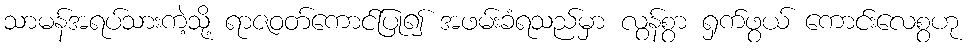
သာမန်အရပ်သားကဲ့သို့ ရာဇဝတ်ကောင်ပြု၍ အဖမ်းခံရသည်မှာ လွန်စွာ ရှက်ဖွယ် ကောင်းလေစွဟု